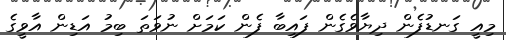
މިއީ ގަނޑުފެން ދިޔާވެގެން ފައިބާ ފެން ކަމަށް ނުވަތަ ބިމު އަޑިން އާވީގެ